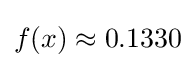
f(x)\approx 0.1330